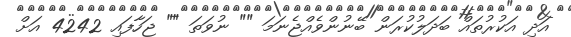
އަދި އަކުރުތައް ބަދަލުކުރަން ބޭނުންވެއްޖެނަމަ "" ނުވަތަ "" ޖަހާފައި 4242 އަށް